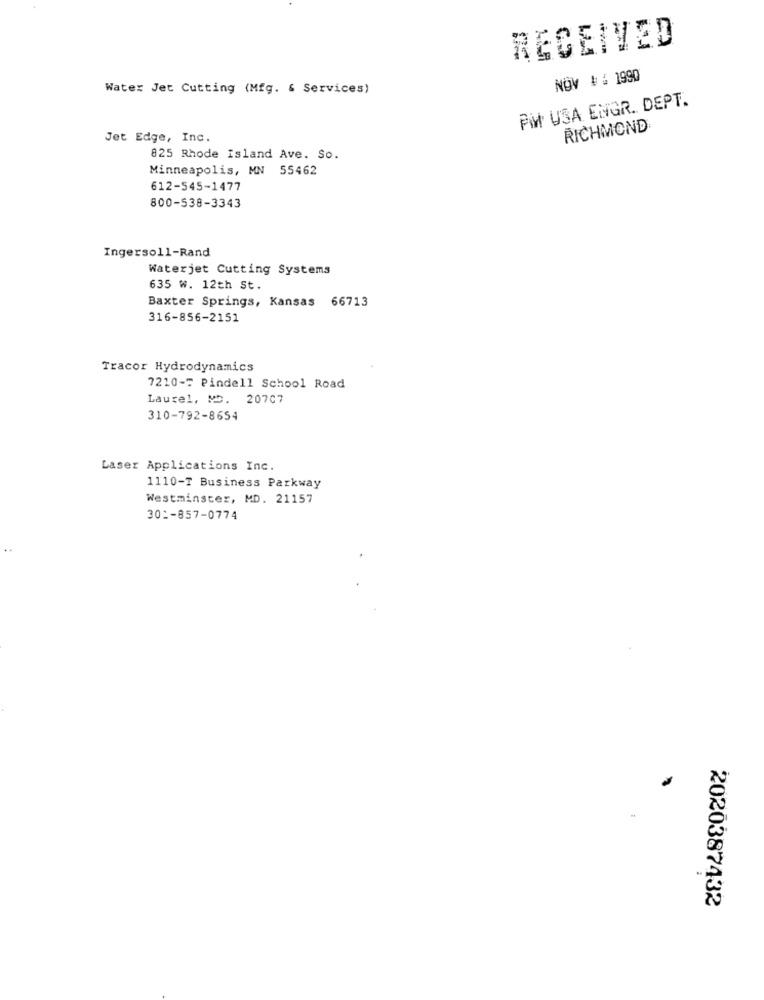
RECEIVED
NOV # # 1990
Water Jet Cutting (Mfg. & Services)
PWW USA ENGR. DEPT.
RICHMOND
Jet Edge, Inc.
825 Rhode Island Ave. So.
Minneapolis, MN 55462
612-545-1477
800-538-3343
Ingersoll-Rand
Waterjet Cutting Systems
635 w. 12th St.
Baxter Springs, Kansas 66713
316-856-2151
Tracor Hydrodynamics
7210-T Pindell School Road
Laurel, MD. 20707
310-792-8654
Laser Applications Inc.
1110-T Business Parkway
Westminster, MD. 21157
301-857-0774
2020387432